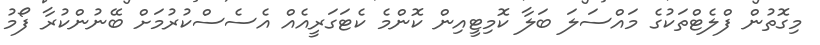
މިގޮތުން ފްލެޓްތަކުގެ މައްސަލަ ބަލާ ކޮމިޓީއިން ކޮންމެ ކެޓަގަރީއެއް އެސެސްކުރުމަށް ބޭނުންކުރާ ފޯމު